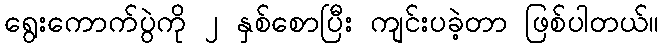
ရွေးကောက်ပွဲကို ၂ နှစ်စောပြီး ကျင်းပခဲ့တာ ဖြစ်ပါတယ်။